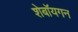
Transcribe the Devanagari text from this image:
शेबॉयगन